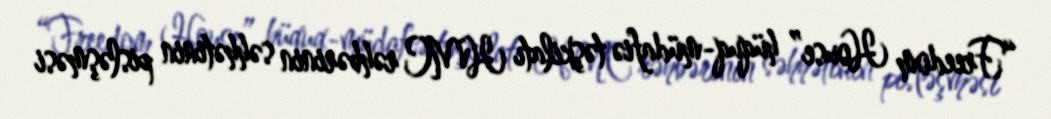
“Freedom House” hüquq-müdafiə təşkilatı HMC rəhbərinin səhhətinin pisləşməsi